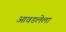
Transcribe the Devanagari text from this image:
आवडलेला